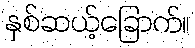
နှစ်ဆယ့်ခြောက်။